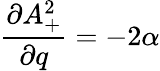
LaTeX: \frac{\partial A_{+}^{2}}{\partial q}=-2\alpha